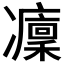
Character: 𠘡